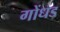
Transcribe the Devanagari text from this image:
गोंधड